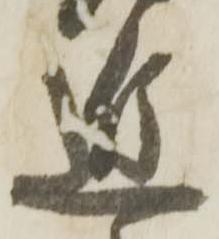
近